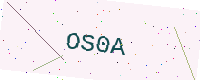
Text: OS0A